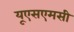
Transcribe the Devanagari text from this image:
यूएसएमसी